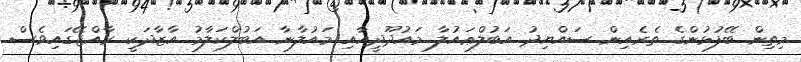
މިތިން ބޭފުޅުންގެ ތެރެއިން ސައްޔިދު އަބުލްޢައުލާ މައުދޫދީއާއި މައުލާނާ އަބުލްކަލާމު އާޒާދަކީ ރާއްޖޭގައިވެސް